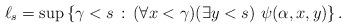
LaTeX: \begin{align*}\ell_s = \sup \left\{ \gamma<s \,:\, (\forall x<\gamma) (\exists y<s) \,\,\psi(\alpha,x,y) \right\}.\end{align*}